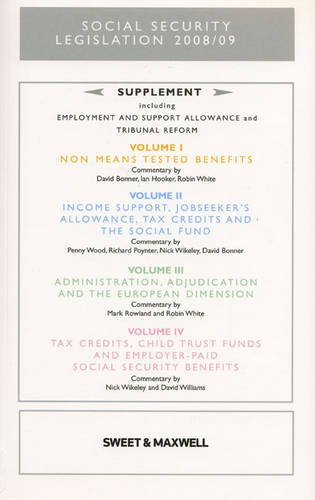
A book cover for Social Security: Legislation 2008: 2008 - 2009 Supplement; David Williams; Law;